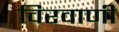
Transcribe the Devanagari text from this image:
विरवाणी